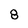
Character: 8